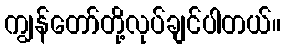
ကျွန်တော်တို့လုပ်ချင်ပါတယ်။